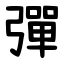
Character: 彈